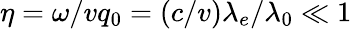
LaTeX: \eta=\omega/vq_{0}=(c/v)\lambda_{e}/\lambda_{0}\ll 1